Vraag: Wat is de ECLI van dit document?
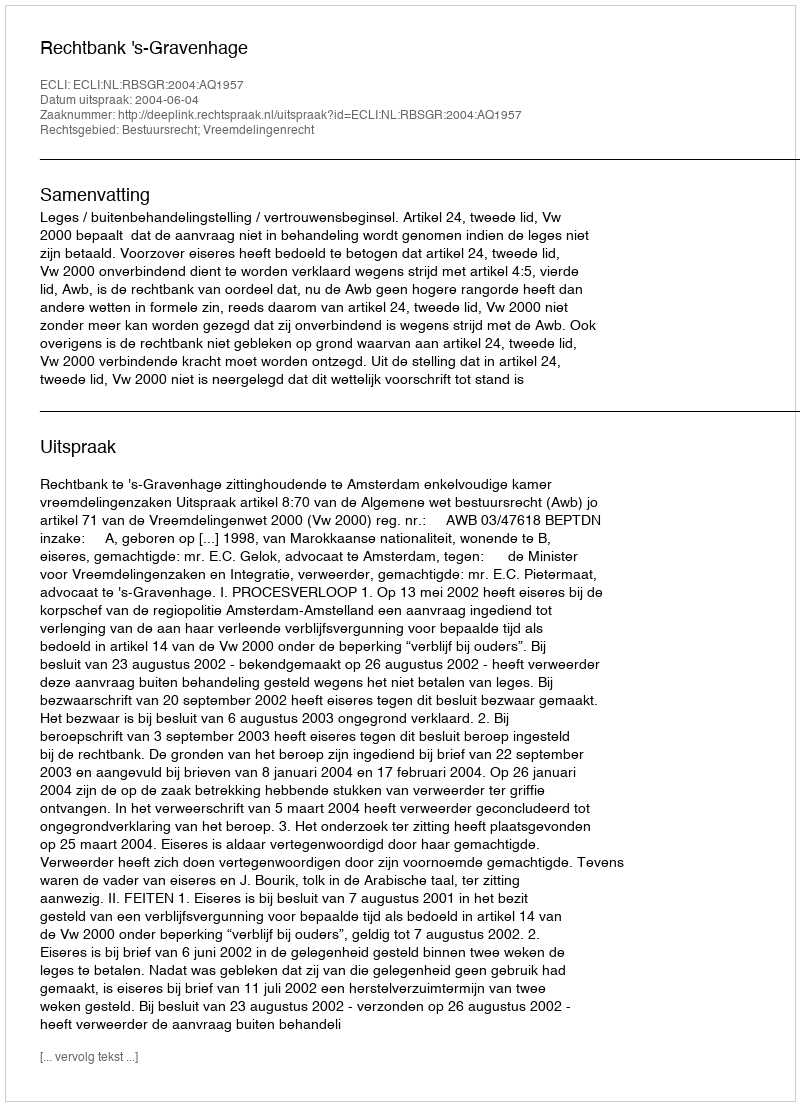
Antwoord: ECLI:NL:RBSGR:2004:AQ1957